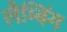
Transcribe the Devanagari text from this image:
लैम्बिंग